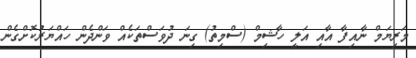
މަރިޔަމް ނާއިފާ އާއި އަލީ ހާޝިމް (ސްމިތު) ގިނަ ދުވަސްތަކެއް ވަންދެން ހައްޔަރުކޮށްގެން